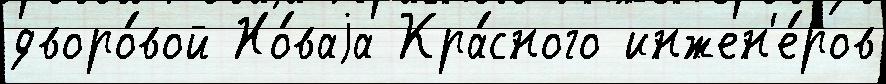
дворо́вой Но́ваjа Кра́сного инжен'е́ров